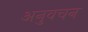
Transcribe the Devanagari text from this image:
अनुवचन